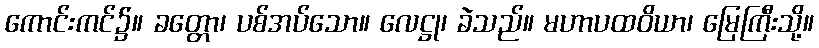
ကောင်းကင်၌။ ခတ္တော၊ ပစ်အပ်သော။ လေဋ္ဌု၊ ခဲသည်။ မဟာပထဝိယာ၊ မြေကြီးသို့။